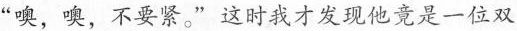
”噢，噢，不要紧。”这时我才发现他竟是一位双